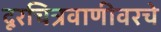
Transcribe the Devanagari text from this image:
दूरचित्रवाणीवरचे